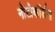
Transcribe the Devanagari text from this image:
नोटोकॉर्डल